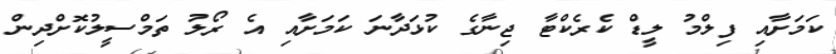
ކަމަށާއި ފިލްމު ލީޑް ކެރެކްޓާ ޖިނާގެ ކުޅަދާނަ ކަމަށާއި އެ ރޯލު ތަމްސީލުކޮށްދިން